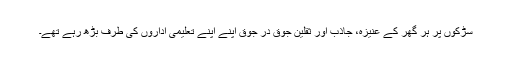
سڑکوں پر ہر گھر کے عنیزہ، جاذب اور ثقلین جوق در جوق اپنے اپنے تعلیمی اداروں کی طرف بڑھ رہے تھے۔